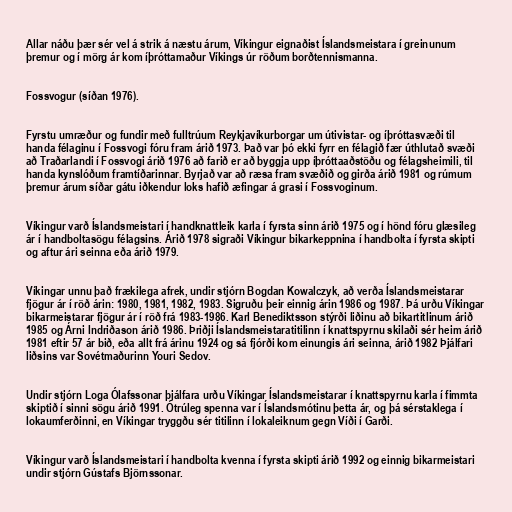
Allar náðu þær sér vel á strik á næstu árum, Víkingur eignaðist Íslandsmeistara í greinunum
þremur og í mörg ár kom íþróttamaður Víkings úr röðum borðtennismanna.

Fossvogur (síðan 1976).

Fyrstu umræður og fundir með fulltrúum Reykjavíkurborgar um útivistar- og íþróttasvæði til
handa félaginu í Fossvogi fóru fram árið 1973. Það var þó ekki fyrr en félagið fær úthlutað svæði
að Traðarlandi í Fossvogi árið 1976 að farið er að byggja upp íþróttaaðstöðu og félagsheimili, til
handa kynslóðum framtíðarinnar. Byrjað var að ræsa fram svæðið og girða árið 1981 og rúmum
þremur árum síðar gátu iðkendur loks hafið æfingar á grasi í Fossvoginum.

Víkingur varð Íslandsmeistari í handknattleik karla í fyrsta sinn árið 1975 og í hönd fóru glæsileg
ár í handboltasögu félagsins. Árið 1978 sigraði Víkingur bikarkeppnina í handbolta í fyrsta skipti
og aftur ári seinna eða árið 1979.

Víkingar unnu það frækilega afrek, undir stjórn Bogdan Kowalczyk, að verða Íslandsmeistarar
fjögur ár í röð árin: 1980, 1981, 1982, 1983. Sigruðu þeir einnig árin 1986 og 1987. Þá urðu Víkingar
bikarmeistarar fjögur ár í röð frá 1983-1986. Karl Benediktsson stýrði liðinu að bikartitlinum árið
1985 og Árni Indriðason árið 1986. Þriðji Íslandsmeistaratitilinn í knattspyrnu skilaði sér heim árið
1981 eftir 57 ár bið, eða allt frá árinu 1924 og sá fjórði kom einungis ári seinna, árið 1982 Þjálfari
liðsins var Sovétmaðurinn Youri Sedov.

Undir stjórn Loga Ólafssonar þjálfara urðu Víkingar Íslandsmeistarar í knattspyrnu karla í fimmta
skiptið í sinni sögu árið 1991. Ótrúleg spenna var í Íslandsmótinu þetta ár, og þá sérstaklega í
lokaumferðinni, en Víkingar tryggðu sér titilinn í lokaleiknum gegn Víði í Garði.

Víkingur varð Íslandsmeistari í handbolta kvenna í fyrsta skipti árið 1992 og einnig bikarmeistari
undir stjórn Gústafs Björnssonar.